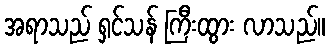
အရာသည် ရှင်သန် ကြီးထွား လာသည်။